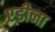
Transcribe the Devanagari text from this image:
एडीना